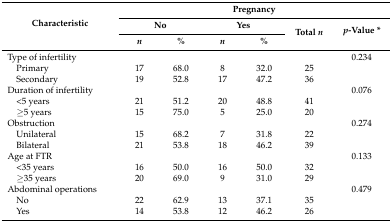
| <ROWSPAN=3> Characteristic | <COLSPAN=6> Pregnancy |
 | <COLSPAN=2> No | <COLSPAN=2> Yes | <ROWSPAN=2> Total n | <ROWSPAN=2> p-Value * |
 | n | % | n | % |
 | --- | --- | --- | --- | --- | --- | --- |
 | Type of infertility |  |  |  |  |  | 0.234 |
 | Primary | 17 | 68.0 | 8 | 32.0 | 25 |  |
 | Secondary | 19 | 52.8 | 17 | 47.2 | 36 |  |
 | Duration of infertility |  |  |  |  |  | 0.076 |
 | <5 years | 21 | 51.2 | 20 | 48.8 | 41 |  |
 | ≥5 years | 15 | 75.0 | 5 | 25.0 | 20 |  |
 | Obstruction |  |  |  |  |  | 0.274 |
 | Unilateral | 15 | 68.2 | 7 | 31.8 | 22 |  |
 | Bilateral | 21 | 53.8 | 18 | 46.2 | 39 |  |
 | Age at FTR |  |  |  |  |  | 0.133 |
 | <35 years | 16 | 50.0 | 16 | 50.0 | 32 |  |
 | ≥35 years | 20 | 69.0 | 9 | 31.0 | 29 |  |
 | Abdominal operations |  |  |  |  |  | 0.479 |
 | No | 22 | 62.9 | 13 | 37.1 | 35 |  |
 | Yes | 14 | 53.8 | 12 | 46.2 | 26 |  |